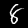
Label: 8